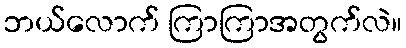
ဘယ်လောက် ကြာကြာအတွက်လဲ။